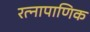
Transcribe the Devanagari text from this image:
रत्‍नापाणिक